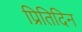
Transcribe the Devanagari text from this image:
प्रितिदिन